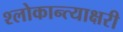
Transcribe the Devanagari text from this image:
श्लोकान्त्याक्षरी